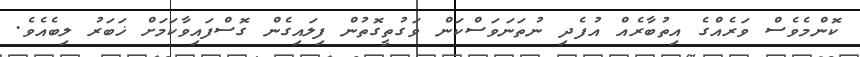
ކޮންމެވެސް ވަރެއްގެ އިތުބާރެއް އުފެދި ނުތަނަވަސްކަން ވަގުތީގޮތުން ފިލައިގެން ގޮސްފައިވާކަމަށް ޚަބަރު ލިބެއެވެ.